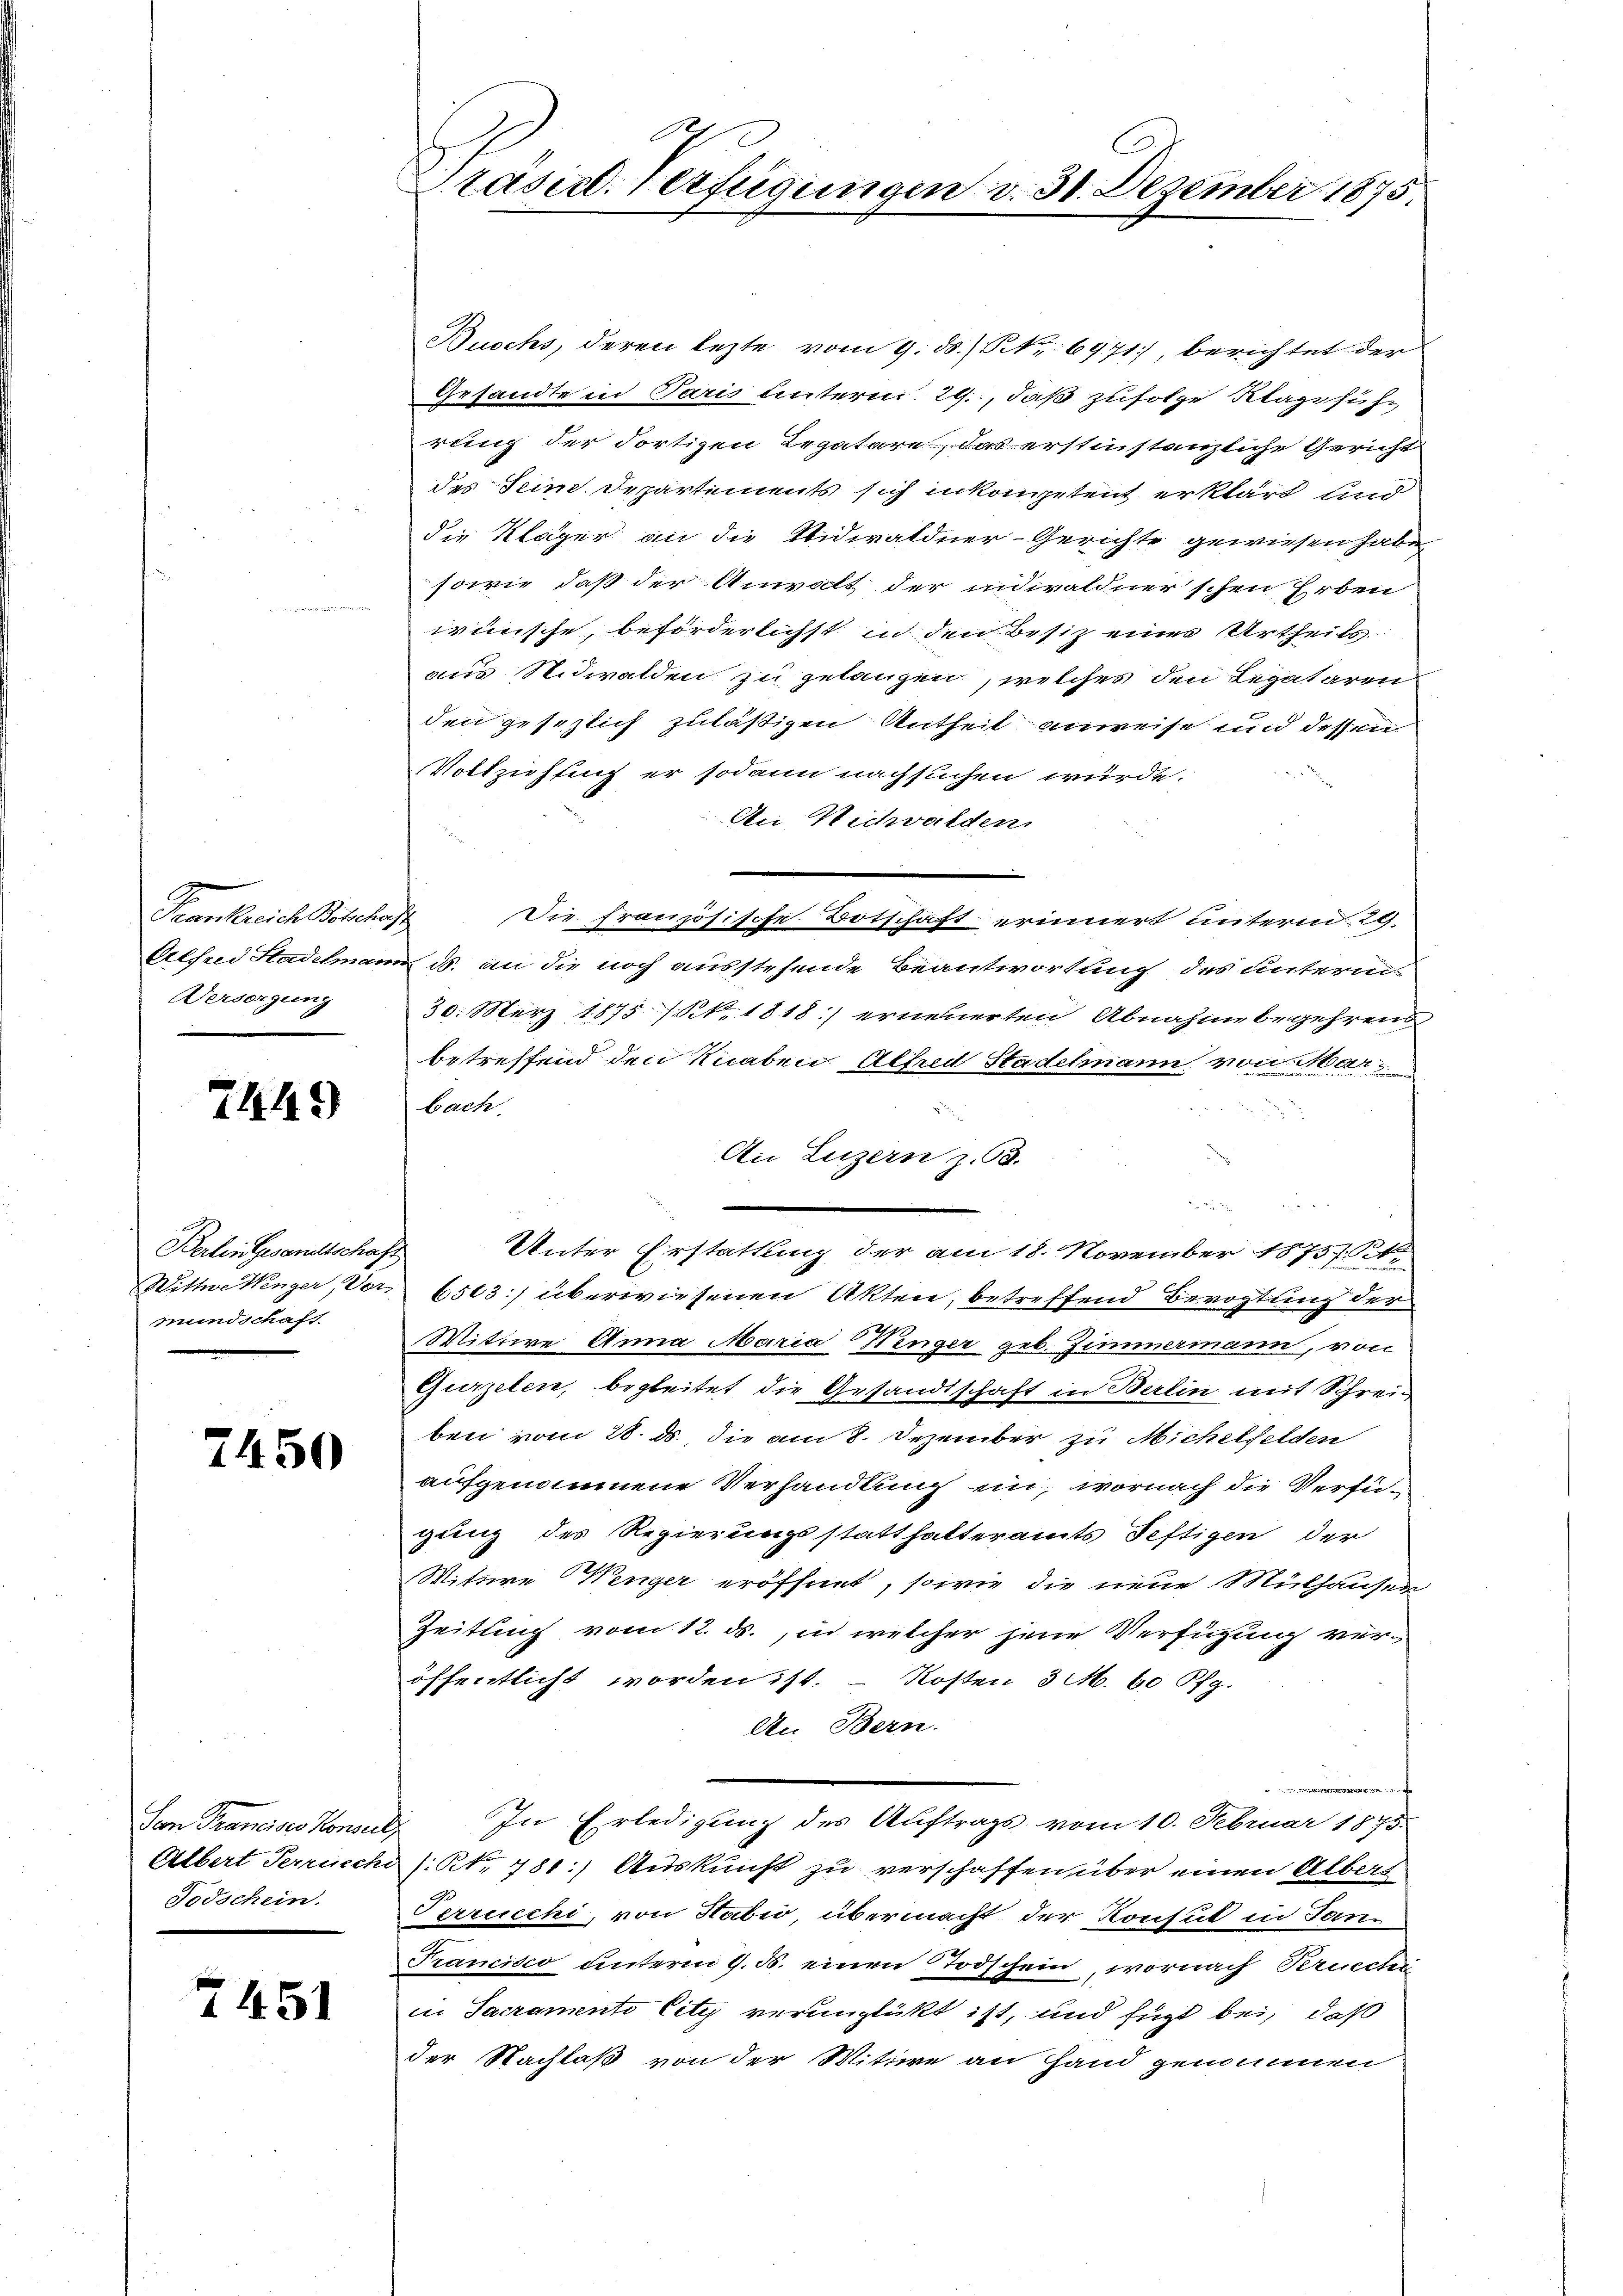
Krankreich Boleckerst
Versorgung

7449

Berlin Gesandtschaf
Wittwe Wenger, Vor-
mundschaft.
.

7450

Von Trancise Konsuer,
Todschein.

7451

Präsid. Verfügungen d. 31. Dezember 1875.

Buochs, deren lezte vom 9. ds.) Nr. 6971, berichtet der
Gesandte in Paris unterm 29., daß zufolge Klageführ
rung der dortigen Legatare, das erstinstanzliche Gericht
des Sein Departements sich inkompetent erklärt und
die Kläger an die Nidwaldner-Gerichte gewiesen habe
sowie, daß der Anwalt der indwaldnerschen Erben
wünsche, beförderlichst in den Besiz eines Urtheils
aus Nidwalden zu gelangen, welches den Legataren
den gesezlich zulästigen Antheil anweise und dessen
Vollziehung er sodann nachsuchen würde.
An Wichwalden
Die französische Botschaft erinnert unterm 29.
Alfred Stadelmann ds. an die noch ausstehende Beantwortung des unterm
30. März 1875 (S. 1818.) erneuerten Abnahme begehrens
betreffend den Knaben, Alfred Stadelmann von Mar
bach.
An Luzern z. 58.

S
Unter Erstattung der am 18. November 1875. Sek
c
6503) überwiesenen Akten, betreffend Beröstung der

Mittwe Anna Maria Hinger geb. Zimmermann, von
Gurzelen, begleitet die Gesandtschaft in Berlin mit Schreiben vom 28. ds., die am 8. Dezember zu Michelfelden
aufgenommene Verhandlung ein, wornach die Verfügung des Regierungsstatthalteramts Seftigen der
Wittwe Wenger eröffnet, sowie die neue Mülhausen
Zeitung vom 12. ds., in welcher jene Verfügung ver-
öffentlicht worden ist. – Kosten 3 M. 60 Pfg.
An Bern.
e
In Erledigung des Auftrags vom 10. Februar 1875.
Albert Perrucch /: NNo. 781.) Auskunft zu verschaffen über einen Albert
Terrucchi, von Habi, übermacht der Konsul in Jan
Francisco unterm 9. d. einen Todschein, wornach Kruccher
in Sacramento City verunglückt ist, und fügt bei, daß
der Nachlaß von der Witwe an Hand genommen